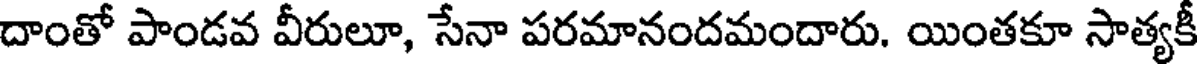
దాంతో పాండవ వీరులూ, సేనా పరమానందమందారు. యింతకూ సాత్యకీ